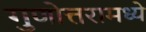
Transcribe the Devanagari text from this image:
गुणोत्तरामध्ये